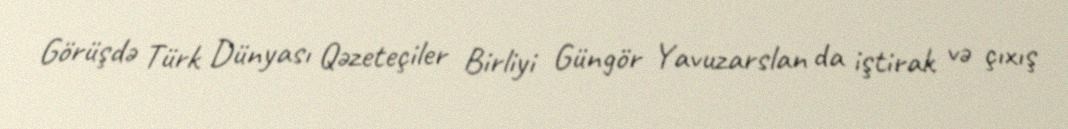
Görüşdə Türk Dünyası Qəzeteçiler Birliyi Güngör Yavuzarslan da iştirak və çıxış